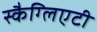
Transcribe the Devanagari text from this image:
स्कैग्लिएटी